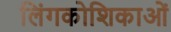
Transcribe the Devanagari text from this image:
लिंगकोशिकाओं